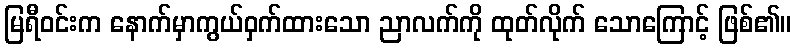
မြရီဝင်းက နောက်မှာကွယ်ဝှက်ထားသော ညာလက်ကို ထုတ်လိုက် သောကြောင့် ဖြစ်၏။